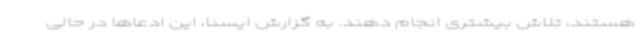
هستند، تلاش بیشتری انجام دهند. به گزارش ایسنا، این ادعاها در حالی